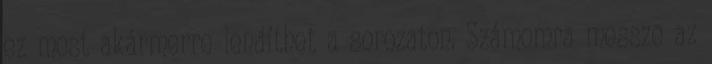
ez most akármerre lendíthet a sorozaton. Számomra messze az